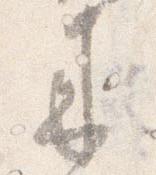
来